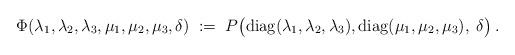
LaTeX: \begin{align*}\Phi(\lambda_1,\lambda_2,\lambda_3,\mu_1,\mu_2,\mu_3,\delta) \;:=\; P\big({\rm diag}(\lambda_1,\lambda_2,\lambda_3),{\rm diag} (\mu_1,\mu_2,\mu_3),\; \delta\big)\,.\end{align*}